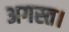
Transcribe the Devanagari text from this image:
अगस्त।